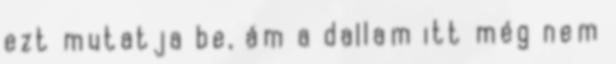
ezt mutatja be, ám a dallam itt még nem